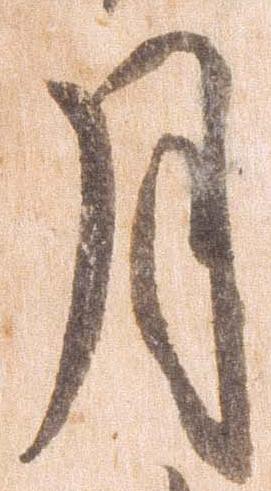
月